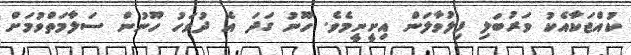
ކުއްޖަކާއެކު ވަރުބަލި ފިލުވާލަން އިށީނީމެވެ. ހޫނު ގަދަ އެ ދުވަހު ހޫނުން ސަލާމަތްވުމަށް